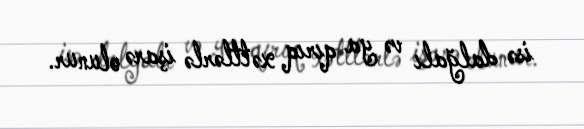
isə dalğalı və ya qırıq xəttlərlə işarə olunur.